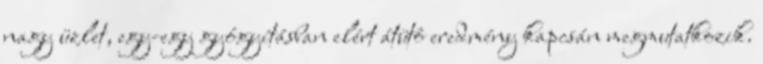
nagy üzlet, egy-egy gyógyításban elért átütô eredmény kapcsán megmutatkozik.